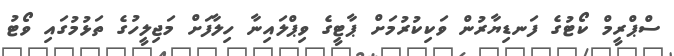
ސްޕްރީމް ކޯޓުގެ ފަނޑިޔާރުން ވަކިކުރުމަށް ޕާޓީގެ ވިޕްލައިނާ ހިލާފަށް މަޖިލީހުގެ ތަޅުމުގައި ވޯޓު